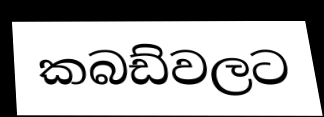
කබඩ්වලට